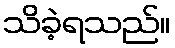
သိခဲ့ရသည်။